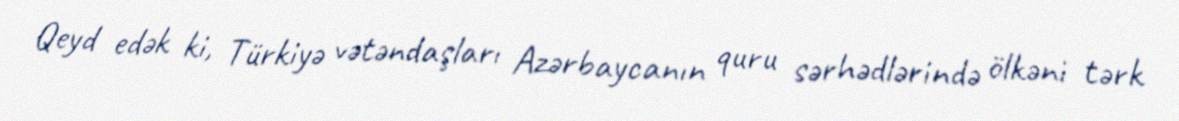
Qeyd edək ki, Türkiyə vətəndaşları Azərbaycanın quru sərhədlərində ölkəni tərk